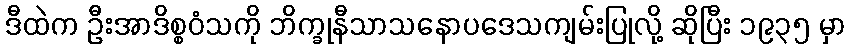
ဒီထဲက ဦးအာဒိစ္စဝံသကို ဘိက္ခုနီသာသနောပဒေသကျမ်းပြုလို့ ဆိုပြီး ၁၉၃၅ မှာ